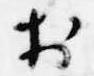
於